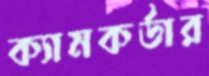
ক্যামকর্ডার